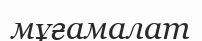
мұғамалат